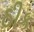
ઠીક